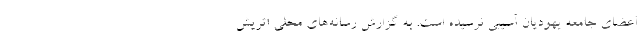
اعضای جامعه یهودیان آسیبی نرسیده است. به گزارش رسانه‌های محلی اتریش